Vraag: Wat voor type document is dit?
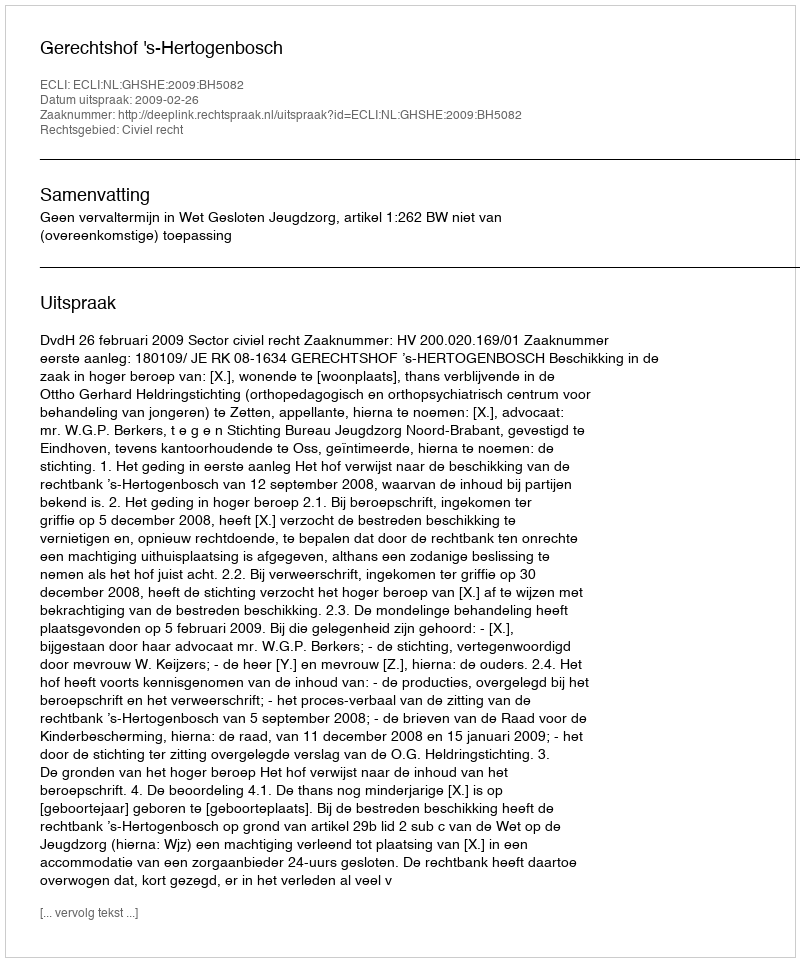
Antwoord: Uitspraak